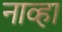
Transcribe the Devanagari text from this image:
नाव्हा